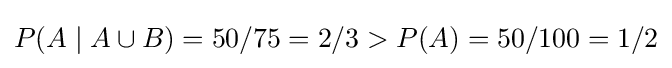
P(A\mid A\cup B)=50/75=2/3>P(A)=50/100=1/2